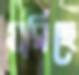
মরিছে